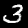
Digit: 3